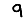
Digit: 9